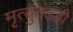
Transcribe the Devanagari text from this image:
मृत्युदंडही